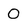
Character: O